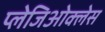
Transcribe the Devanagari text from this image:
प्लेजिओक्लेस